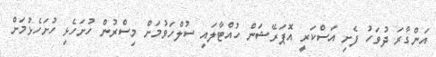
އަންގާރަ ދުވަހު ފެށި އަސްކަރީ އޮޕަރޭޝަން ހުއްޓާލައި ސުލްހަވުމަށް މިސްރުން ހުށަހެޅި ހުށަހެޅުމަށް